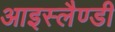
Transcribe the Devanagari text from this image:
आइस्लैण्डी